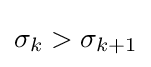
\sigma _{k}>\sigma _{k+1}